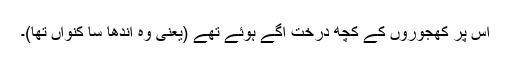
اس پر کھجوروں کے کچھ درخت اُگے ہوئے تھے (یعنی وہ اندھا سا کنواں تھا)۔